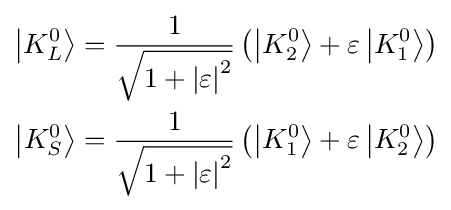
{\begin{aligned}\left|K_{L}^{0}\right\rangle &={\frac {1}{\sqrt {1+\left|\varepsilon \right|^{2}}}}\left(\left|K_{2}^{0}\right\rangle +\varepsilon \left|K_{1}^{0}\right\rangle \right)\\\left|K_{S}^{0}\right\rangle &={\frac {1}{\sqrt {1+\left|\varepsilon \right|^{2}}}}\left(\left|K_{1}^{0}\right\rangle +\varepsilon \left|K_{2}^{0}\right\rangle \right)\end{aligned}}